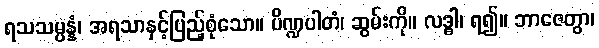
ရသသမ္ပန္နံ၊ အရသာနှင့်ပြည့်စုံသော။ ပိဏ္ဍပါတံ၊ ဆွမ်းကို။ လဒ္ဓါ၊ ရ၍။ ဘာဇေတွာ၊